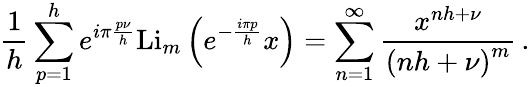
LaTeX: \frac{1}{h}\sum_{p=1}^{h}e^{i\pi\frac{p\nu}{h}}\mathrm{Li}_{m}\left(e^{-\frac{i\pi p}{h}}x\right)=\sum_{n=1}^{\infty}\frac{x^{nh+\nu}}{\left(nh+\nu\right)^{m}}\, .